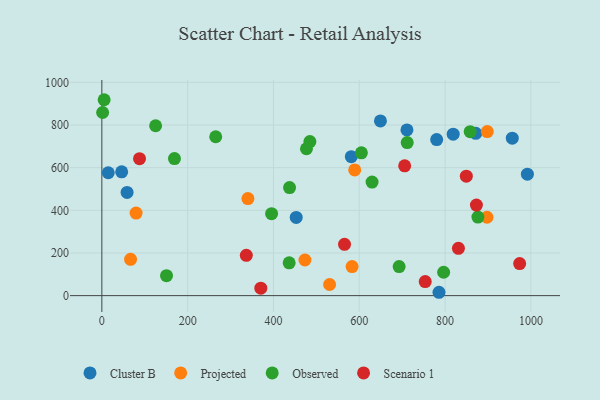
{"axis": {"x": "Investment", "y": "Yield"}, "legend": ["Cluster B", "Observed", "Projected", "Scenario 1"], "data": [{"x": "780.4", "y": 731.8, "type": "Cluster B"}, {"x": "956.6", "y": 738.1, "type": "Cluster B"}, {"x": "818.9", "y": 756.9, "type": "Cluster B"}, {"x": "58.8", "y": 483.9, "type": "Cluster B"}, {"x": "991.8", "y": 569.6, "type": "Cluster B"}, {"x": "581.4", "y": 651.6, "type": "Cluster B"}, {"x": "785.8", "y": 15.8, "type": "Cluster B"}, {"x": "453.0", "y": 366.8, "type": "Cluster B"}, {"x": "649.3", "y": 819.4, "type": "Cluster B"}, {"x": "711.1", "y": 777.1, "type": "Cluster B"}, {"x": "46.2", "y": 580.5, "type": "Cluster B"}, {"x": "14.9", "y": 576.1, "type": "Cluster B"}, {"x": "871.5", "y": 760.9, "type": "Cluster B"}, {"x": "583.2", "y": 136.5, "type": "Projected"}, {"x": "589.3", "y": 589.3, "type": "Projected"}, {"x": "340.4", "y": 455.3, "type": "Projected"}, {"x": "897.7", "y": 367.6, "type": "Projected"}, {"x": "473.4", "y": 167.1, "type": "Projected"}, {"x": "66.9", "y": 170.2, "type": "Projected"}, {"x": "898.3", "y": 769.4, "type": "Projected"}, {"x": "79.8", "y": 387.0, "type": "Projected"}, {"x": "530.8", "y": 52.2, "type": "Projected"}, {"x": "876.5", "y": 368.6, "type": "Observed"}, {"x": "125.3", "y": 796.5, "type": "Observed"}, {"x": "1.8", "y": 858.6, "type": "Observed"}, {"x": "604.9", "y": 669.4, "type": "Observed"}, {"x": "437.5", "y": 506.5, "type": "Observed"}, {"x": "395.6", "y": 384.5, "type": "Observed"}, {"x": "265.4", "y": 745.0, "type": "Observed"}, {"x": "629.8", "y": 532.4, "type": "Observed"}, {"x": "484.9", "y": 722.6, "type": "Observed"}, {"x": "436.6", "y": 154.0, "type": "Observed"}, {"x": "476.9", "y": 688.8, "type": "Observed"}, {"x": "150.7", "y": 93.6, "type": "Observed"}, {"x": "169.2", "y": 642.5, "type": "Observed"}, {"x": "692.9", "y": 136.5, "type": "Observed"}, {"x": "711.7", "y": 717.5, "type": "Observed"}, {"x": "796.6", "y": 109.7, "type": "Observed"}, {"x": "5.3", "y": 918.6, "type": "Observed"}, {"x": "858.5", "y": 768.8, "type": "Observed"}, {"x": "849.5", "y": 560.3, "type": "Scenario 1"}, {"x": "973.8", "y": 150.5, "type": "Scenario 1"}, {"x": "336.7", "y": 188.9, "type": "Scenario 1"}, {"x": "87.8", "y": 642.0, "type": "Scenario 1"}, {"x": "565.6", "y": 240.6, "type": "Scenario 1"}, {"x": "370.5", "y": 35.2, "type": "Scenario 1"}, {"x": "753.7", "y": 65.9, "type": "Scenario 1"}, {"x": "705.8", "y": 608.5, "type": "Scenario 1"}, {"x": "873.0", "y": 424.5, "type": "Scenario 1"}, {"x": "831.1", "y": 221.9, "type": "Scenario 1"}]}